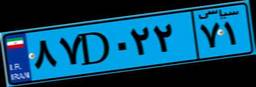
۸۷D۰۲۲۷۱